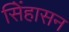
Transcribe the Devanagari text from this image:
सिेंहासन